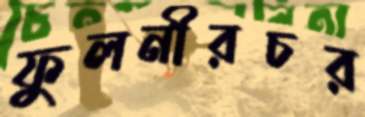
ফুলনীরচর